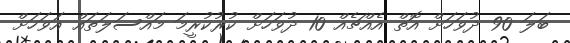
ބަލަ 90 ދުވަހަށް އޮތް އެއްޗެއް 10 ދުވަހަށް ކުރުކުރީމަ މައްސަލަތައް އަވަހަށް